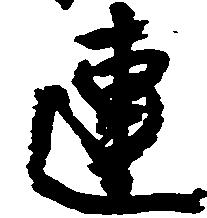
連